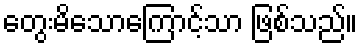
တွေးမိသောကြောင့်သာ ဖြစ်သည်။